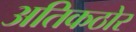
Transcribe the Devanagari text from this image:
अतिकठोर